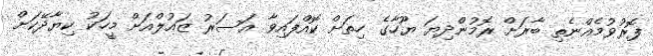
ފޮރުވުމެއްނެތި ބާރަށް ރޮމުންދިޔަ ޔޫހާގެ ހިތަށް ކޮއްފައިވާ އަސަރު ޒައުލްއަށް މީހަކު ކިޔާދޭކަށް